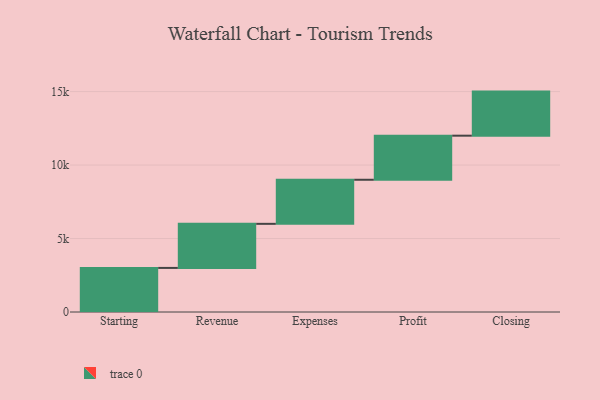
{"axis": {"x": "Step", "y": "Value"}, "legend": [""], "data": [{"x": "Starting", "y": 3000, "type": ""}, {"x": "Revenue", "y": 3000, "type": ""}, {"x": "Expenses", "y": 3000, "type": ""}, {"x": "Profit", "y": 3000, "type": ""}, {"x": "Closing", "y": 3000, "type": ""}]}